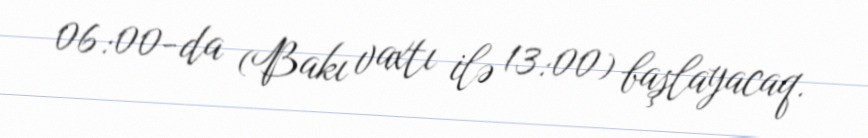
06:00-da (Bakı vaxtı ilə 13:00) başlayacaq.